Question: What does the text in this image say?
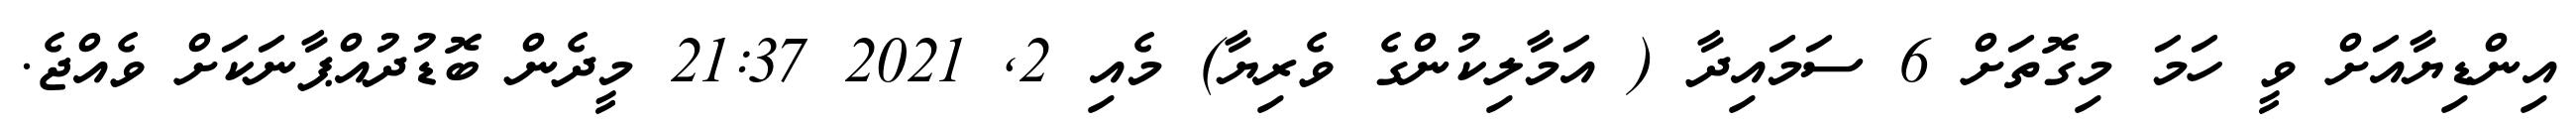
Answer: އިންޑިޔާއަށް ވީ ހަމަ މިގޮތަށް 6 ސަމައިދާ ( އަމާލިކުންގެ ވެރިޔާ) މެއި 2, 2021 21:37 މީދެން ބޮޑުދުއްޕާނަކަށް ވެއްޖެ.